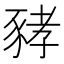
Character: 𧱐